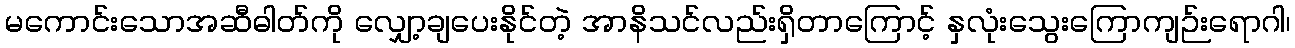
မကောင်းသောအဆီဓါတ်ကို လျှော့ချပေးနိုင်တဲ့ အာနိသင်လည်းရှိတာကြောင့် နှလုံးသွေးကြောကျဉ်းရောဂါ၊